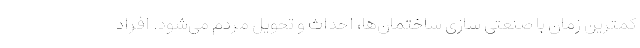
کمترین زمان با صنعتی سازی ساختمان‌ها، احداث و تحویل مردم می‌شود. افراد